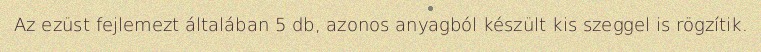
Az ezüst fejlemezt általában 5 db, azonos anyagból készült kis szeggel is rögzítik.